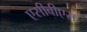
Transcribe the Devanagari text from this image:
एसीबीएस